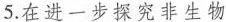
5.在进一步探究非生